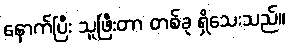
နောက်ပြီး သူဖြီးတာ တစ်ခု ရှိသေးသည်။